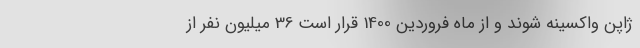
ژاپن واکسینه شوند و از ماه فروردین 1400 قرار است 36 میلیون نفر از